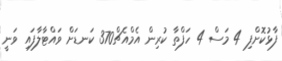
ފާޅުކޮށްފި 4 މަސް 4 ހަފްތާ ކުރިން އެމްއެޗް370 ކަނޑަށް ވައްޓާލާފައި ވަނީ